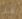
هل